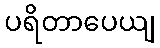
ပရိတာပေယျ